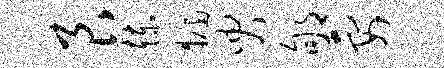
艮赫牖臾郇要